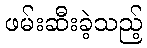
ဖမ်းဆီးခဲ့သည့်